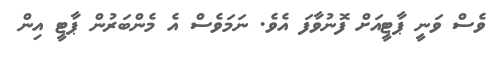
ވެސް ވަނީ ޕާޓީއަށް ފޮނުވާފަ އެވެ. ނަމަވެސް އެ މެންބަރުން ޕާޓީ އިން